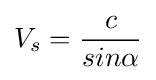
V_{s}={\frac {c}{sin\alpha }}